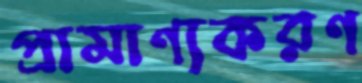
প্রামাণ্যকরণ